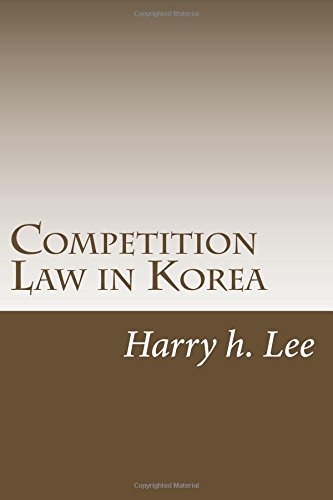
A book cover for Competition Law in Korea; Harry Hyungyu Lee; Law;